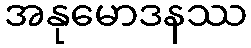
အနုမောဒနဿ